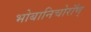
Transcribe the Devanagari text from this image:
भोबानिचोरॉण्